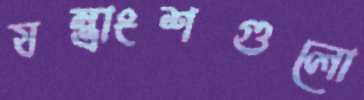
যন্ত্রাংশগুলো